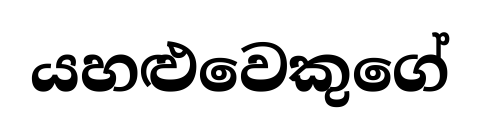
යහළුවෙකුගේ